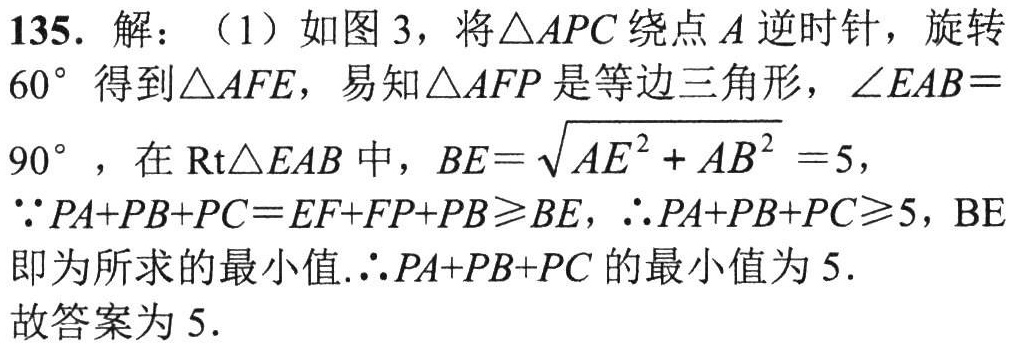
135. 解：（1）如图 3，将\(\triangle APC\)绕点 \(A\) 逆时针，旋转 \(60^{\circ}\) 得到\(\triangle AFE\)，易知\(\triangle AFP\)是等边三角形，\(\angle EAB = 90^{\circ}\)，在\(\text{Rt}\triangle EAB\)中，\(BE=\sqrt{AE^{2}+AB^{2}} = 5\)，
\(\because PA + PB + PC=EF + FP + PB\geqslant BE\)，\(\therefore PA + PB + PC\geqslant5\)，BE即为所求的最小值.\(\therefore PA + PB + PC\) 的最小值为 \(5\).
故答案为 \(5\).